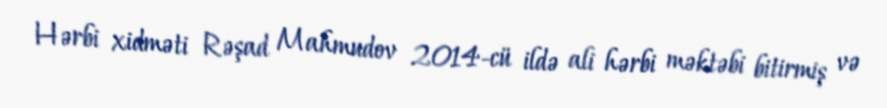
Hərbi xidməti Rəşad Mahmudov 2014-cü ildə ali hərbi məktəbi bitirmiş və